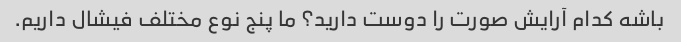
باشه کدام آرایش صورت را دوست دارید؟ ما پنج نوع مختلف فیشال داریم.